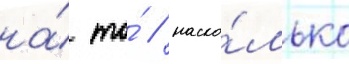
на́ то́ / наско́лько